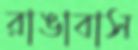
রাঙাবাস